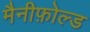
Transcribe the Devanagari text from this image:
मैनीफ़ोल्ड